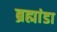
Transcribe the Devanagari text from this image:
ब्रह्मांडा